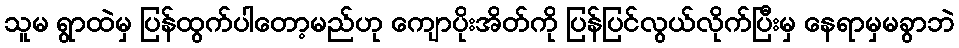
သူမ ရွာထဲမှ ပြန်ထွက်ပါတော့မည်ဟု ကျောပိုးအိတ်ကို ပြန်ပြင်လွယ်လိုက်ပြီးမှ နေရာမှမခွာဘဲ